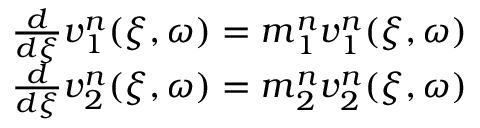
\begin{array} { r } { \frac { d } { d \xi } \boldsymbol { v } _ { 1 } ^ { n } ( \xi , \omega ) = \boldsymbol { m } _ { 1 } ^ { n } \boldsymbol { v } _ { 1 } ^ { n } ( \xi , \omega ) } \\ { \frac { d } { d \xi } \boldsymbol { v } _ { 2 } ^ { n } ( \xi , \omega ) = \boldsymbol { m } _ { 2 } ^ { n } \boldsymbol { v } _ { 2 } ^ { n } ( \xi , \omega ) } \end{array}